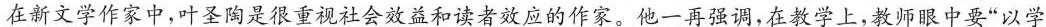
在新文学作家中，叶圣陶是很重视社会效益和读者效应的作家。他一再强调，在教学上，教师眼中要”以学